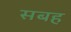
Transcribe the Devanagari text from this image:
सबह